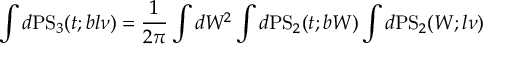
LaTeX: T _ { i f } = \langle \Psi _ { e l , f } ^ { ( - ) } | \ \hat { M } _ { i f } ^ { ( i n ) } \ | \Psi _ { e l , i } ^ { ( + ) } \rangle \ \ ,